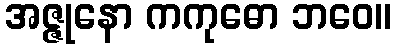
အဇ္ဇုနော ကကုဓော ဘဝေ။